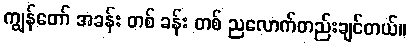
ကျွန်တော် အခန်း တစ် ခန်း တစ် ညလောက်တည်းချင်တယ်။